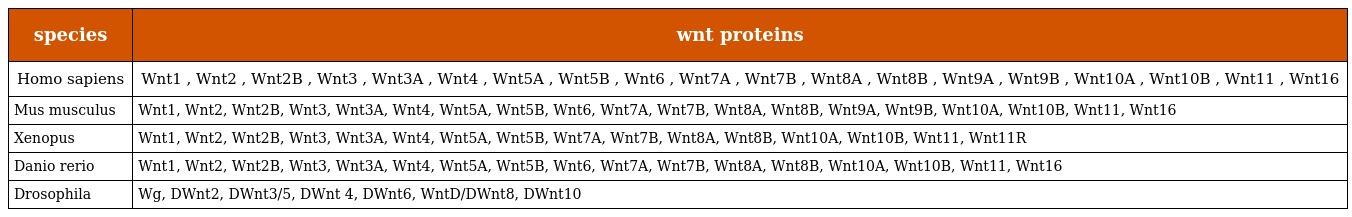
| species | wnt proteins |
 | --- | --- |
 | Homo sapiens | Wnt1 , Wnt2 , Wnt2B , Wnt3 , Wnt3A , Wnt4 , Wnt5A , Wnt5B , Wnt6 , Wnt7A , Wnt7B , Wnt8A , Wnt8B , Wnt9A , Wnt9B , Wnt10A , Wnt10B , Wnt11 , Wnt16 |
 | Mus musculus | Wnt1, Wnt2, Wnt2B, Wnt3, Wnt3A, Wnt4, Wnt5A, Wnt5B, Wnt6, Wnt7A, Wnt7B, Wnt8A, Wnt8B, Wnt9A, Wnt9B, Wnt10A, Wnt10B, Wnt11, Wnt16 |
 | Xenopus | Wnt1, Wnt2, Wnt2B, Wnt3, Wnt3A, Wnt4, Wnt5A, Wnt5B, Wnt7A, Wnt7B, Wnt8A, Wnt8B, Wnt10A, Wnt10B, Wnt11, Wnt11R |
 | Danio rerio | Wnt1, Wnt2, Wnt2B, Wnt3, Wnt3A, Wnt4, Wnt5A, Wnt5B, Wnt6, Wnt7A, Wnt7B, Wnt8A, Wnt8B, Wnt10A, Wnt10B, Wnt11, Wnt16 |
 | Drosophila | Wg, DWnt2, DWnt3/5, DWnt 4, DWnt6, WntD/DWnt8, DWnt10 |